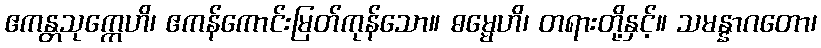
ဧကန္တသုက္ကေဟိ၊ ဧကန်ကောင်းမြတ်ကုန်သော။ ဓမ္မေဟိ၊ တရားတို့နှင့်။ သမန္နာဂတော၊